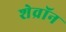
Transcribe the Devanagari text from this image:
शेव्रॉन